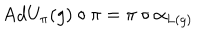
\mathrm { A d } U _ { \pi } ( g ) \circ \pi = \pi \circ \alpha _ { L ( g ) }